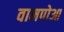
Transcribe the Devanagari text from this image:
वामपोआ